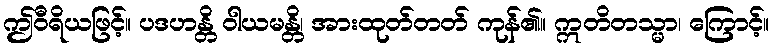
ဤဝီရိယဖြင့်။ ပဒဟန္တိ ဝါယမန္တိ၊ အားထုတ်တတ် ကုန်၏။ ဣတိတသ္မာ၊ ကြောင့်။